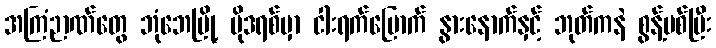
အကြံဉာဏ်တွေ ဘုံဘေမြို့ မိုဒရစ်မှာ ငါးရက်မြောက် နွားနောက်နှင့် ဘုတ်ကနဲ စွန့်ပစ်ပြီး